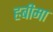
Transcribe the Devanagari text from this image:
हबीमा